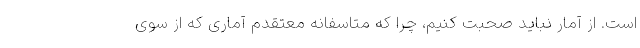
است. از آمار نباید صحبت کنیم، چرا که متاسفانه معتقدم آماری که از سوی